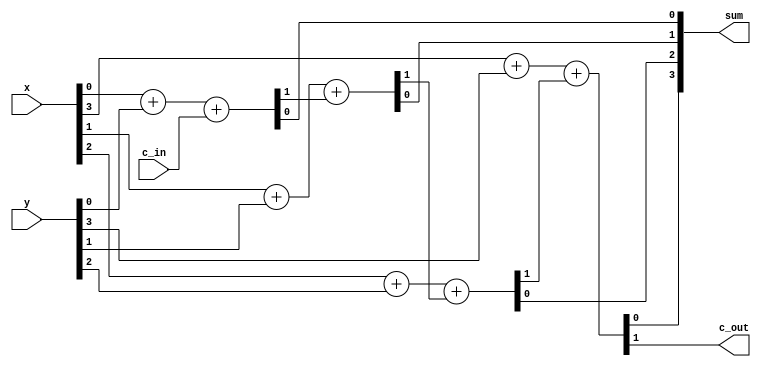
`timescale 1ns / 1ps

module adder_nbit_df #(
    parameter N = 4  // set default value 
)(
    input  wire     [N-1:0]     x, 
    input  wire     [N-1:0]     y,
    input  wire                 c_in,
    
    output wire     [N-1:0]     sum,
    output wire                 c_out
);
    wire  [N-2:0] c;      // internal carries declared as nets 
    
    genvar i;
    generate for (i = 0; i < N; i = i + 1) begin: adder
        if (i == 0)            // specify LSB
            assign {c[i], sum[i]} =  x[i] + y[i] + c_in; 
        else if (i == N-1) // specify MSB
            assign {c_out, sum[i]} =  x[i] + y[i] + c[i-1]; 
        else                // specify other bits
            assign {c[i], sum[i]} =  x[i] + y[i] + c[i-1]; 
        end 
    endgenerate

endmodule